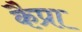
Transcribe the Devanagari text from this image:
कैप्रा